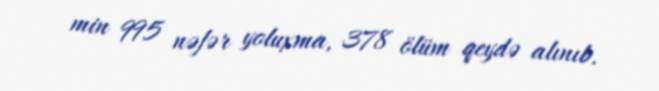
min 995 nəfər yoluxma, 378 ölüm qeydə alınıb.